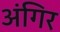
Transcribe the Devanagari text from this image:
अंगिर